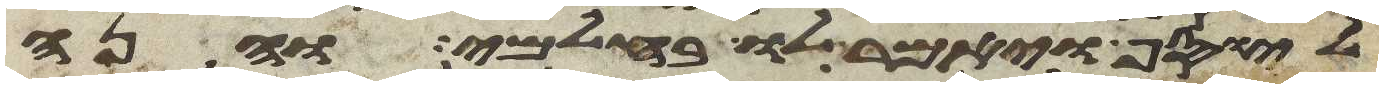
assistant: ליוסף ויאמר לו בחלמי והנה